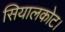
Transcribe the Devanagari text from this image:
सियालकोट।